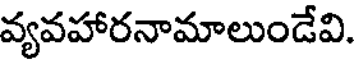
వ్యవహారనామాలుండేవి.